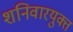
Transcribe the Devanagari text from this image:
शनिवारयुक्त